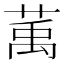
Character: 萭